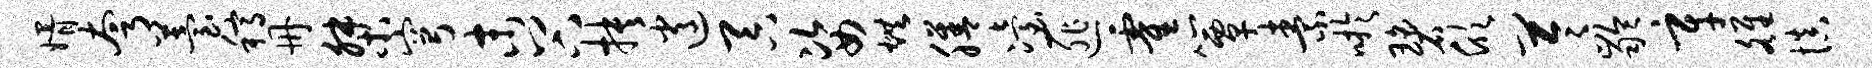
婿夸苔稿册桀穹末谷抉逍吞姿烘膳冶匪霍簟素吁碧欣苓龄辛雒慎